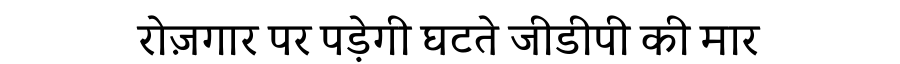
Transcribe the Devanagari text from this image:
रोज़गार पर पड़ेगी घटते जीडीपी की मार